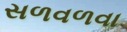
સળવળવા